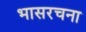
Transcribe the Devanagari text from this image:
भासरचना